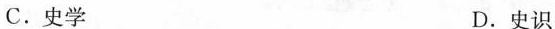
C.史学 D.史识